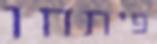
פיתחו